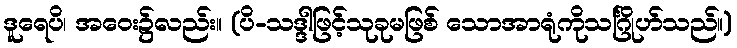
ဒူရေပိ၊ အဝေး၌လည်း။ (ပိ-သဒ္ဒါဖြင့်သုခုမဖြစ် သောအာရုံကိုသင်္ဂြိုဟ်သည်။)